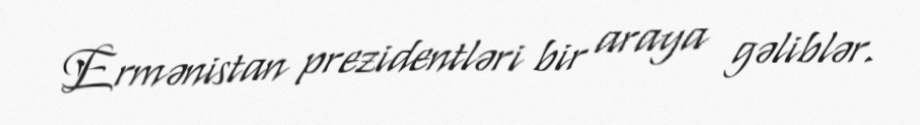
Ermənistan prezidentləri bir araya gəliblər.